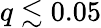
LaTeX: q\lesssim 0.05